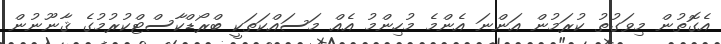
އެގޮތުން މިވަގުތު ކުރަމުން އަންނަ އެންމެ މުހިންމު އެއް މަސައްކަތަކީ ބްރޯޑްކާސްޓްކުރުމުގެ ޤާނޫނުން